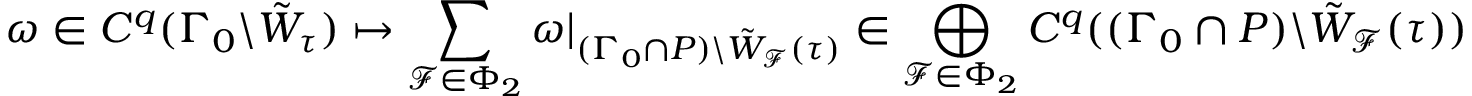
\omega \in C ^ { q } ( \Gamma _ { 0 } \backslash \Tilde { W } _ { \tau } ) \mapsto \sum _ { \mathscr { F } \in \Phi _ { 2 } } \omega | _ { ( \Gamma _ { 0 } \cap P ) \backslash \Tilde { W } _ { \mathscr { F } } ( \tau ) } \in \bigoplus _ { \mathscr { F } \in \Phi _ { 2 } } C ^ { q } ( ( \Gamma _ { 0 } \cap P ) \backslash \Tilde { W } _ { \mathscr { F } } ( \tau ) )